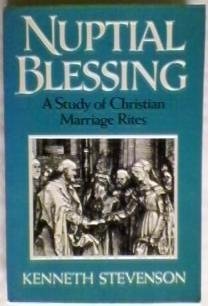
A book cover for Nuptial Blessing: A Study of Christian Marriage Rites; Kenneth Stevenson; Crafts, Hobbies & Home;